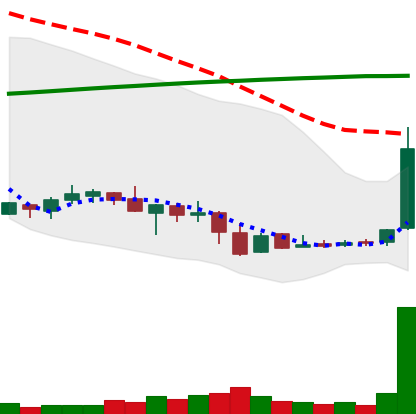
Ticker: LTC-USD
Chart end date: 2016-08-23
Forward return: -4.857%
Label: down_3_5